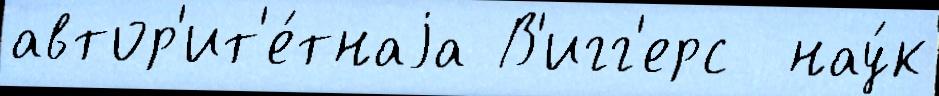
автор'ит'е́тнаjа В'игг'ерс  нау́к